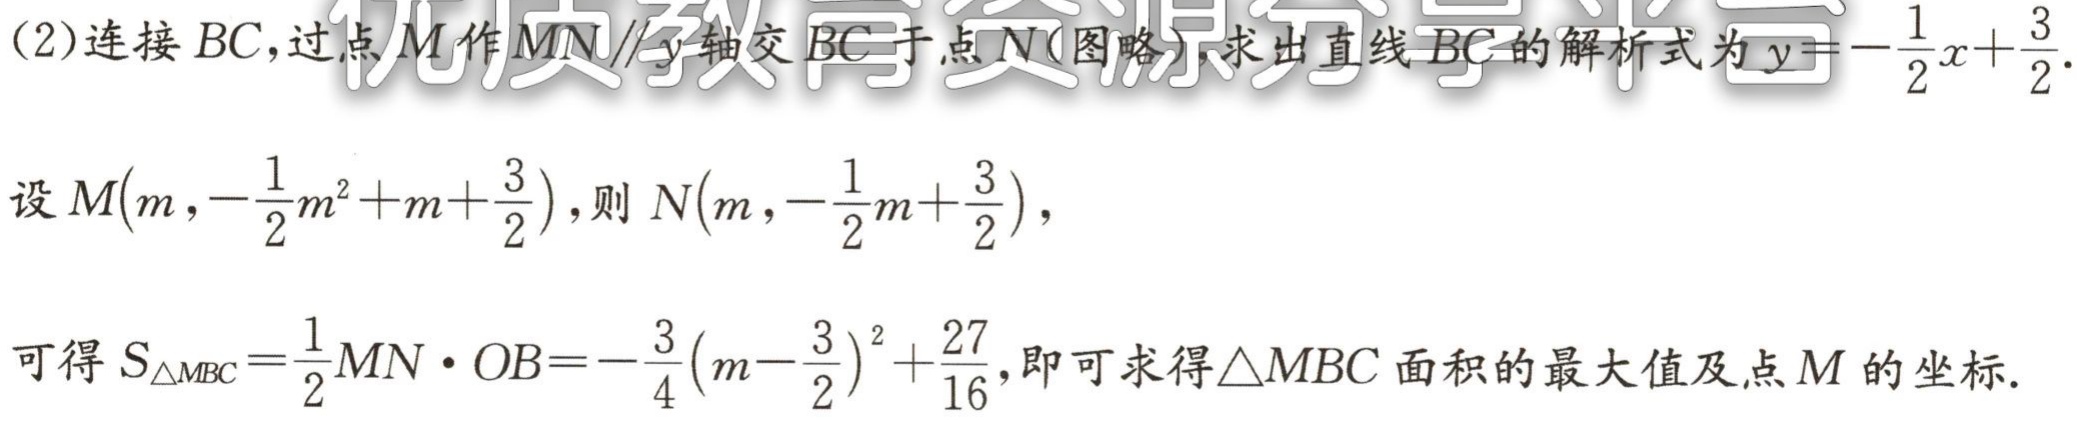
(2)连接 \(BC\)，过点 \(M\)作 \(MN\parallel y\)轴交 \(BC\)于点 \(N\)(图略)，求出直线 \(BC\)的解析式为 \(y = -\frac{1}{2}x+\frac{3}{2}\).
设 \(M(m,-\frac{1}{2}m^{2}+m+\frac{3}{2})\)，则 \(N(m,-\frac{1}{2}m+\frac{3}{2})\)，
可得 \(S_{\triangle MBC}=\frac{1}{2}MN\cdot OB = -\frac{3}{4}(m - \frac{3}{2})^{2}+\frac{27}{16}\)，即可求得\(\triangle MBC\)面积的最大值及点 \(M\)的坐标.